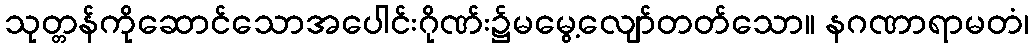
သုတ္တန်ကိုဆောင်သောအပေါင်းဂိုဏ်း၌မမွေ့လျော်တတ်သော။ နဂဏာရာမတံ၊